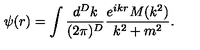
\psi ( r ) = \int \frac { d ^ { D } k } { ( 2 \pi ) ^ { D } } \frac { e ^ { i k r } M ( k ^ { 2 } ) } { k ^ { 2 } + m ^ { 2 } } .